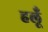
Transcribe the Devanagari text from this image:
हलूँ